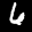
Label: 6